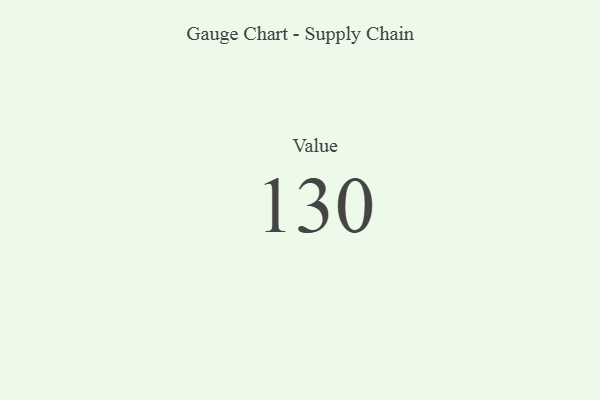
{"axis": {"x": "Metric", "y": "Value"}, "legend": [""], "data": [{"x": "Value", "y": 130, "type": ""}]}